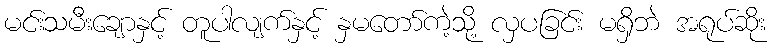
မင်းသမီးချောနှင့် တူပါလျက်နှင့် နှမတော်ကဲ့သို့ လှပခြင်း မရှိဘဲ အရုပ်ဆိုး